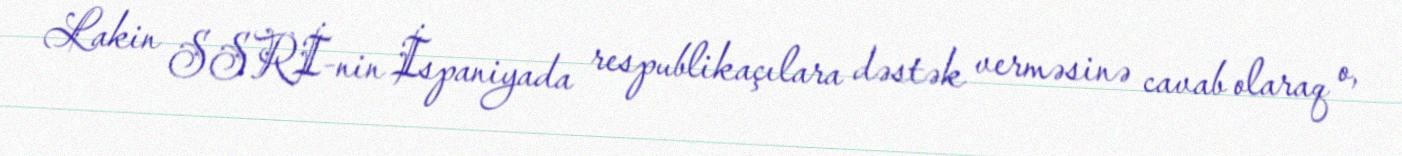
Lakin SSRİ-nin İspaniyada respublikaçılara dəstək verməsinə cavab olaraq o,